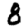
Digit: 8